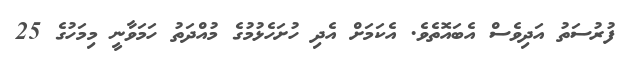
ފުރުސަތު އަދިވެސް އެބައޮތެވެ. އެކަމަށް އެދި ހުށަހެޅުމުގެ މުއްދަތު ހަމަވާނީ މިމަހުގެ 25